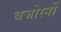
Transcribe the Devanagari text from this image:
बजोरनों